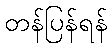
တန်ပြန်ရန်